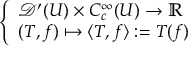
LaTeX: \left\{ \begin{array} { l l } { { \mathcal { D } } ^ { \prime } ( U ) \times C _ { c } ^ { \infty } ( U ) \to \mathbb { R } } \\ { ( T , f ) \mapsto \langle T , f \rangle : = T ( f ) } \end{array} \right.